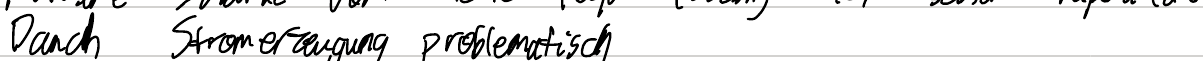
Danach Stromerzeugung problematisch